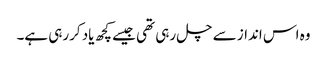
وہ اس انداز سے چل رہی تھی جیسے کچھ یاد کررہی ہے۔